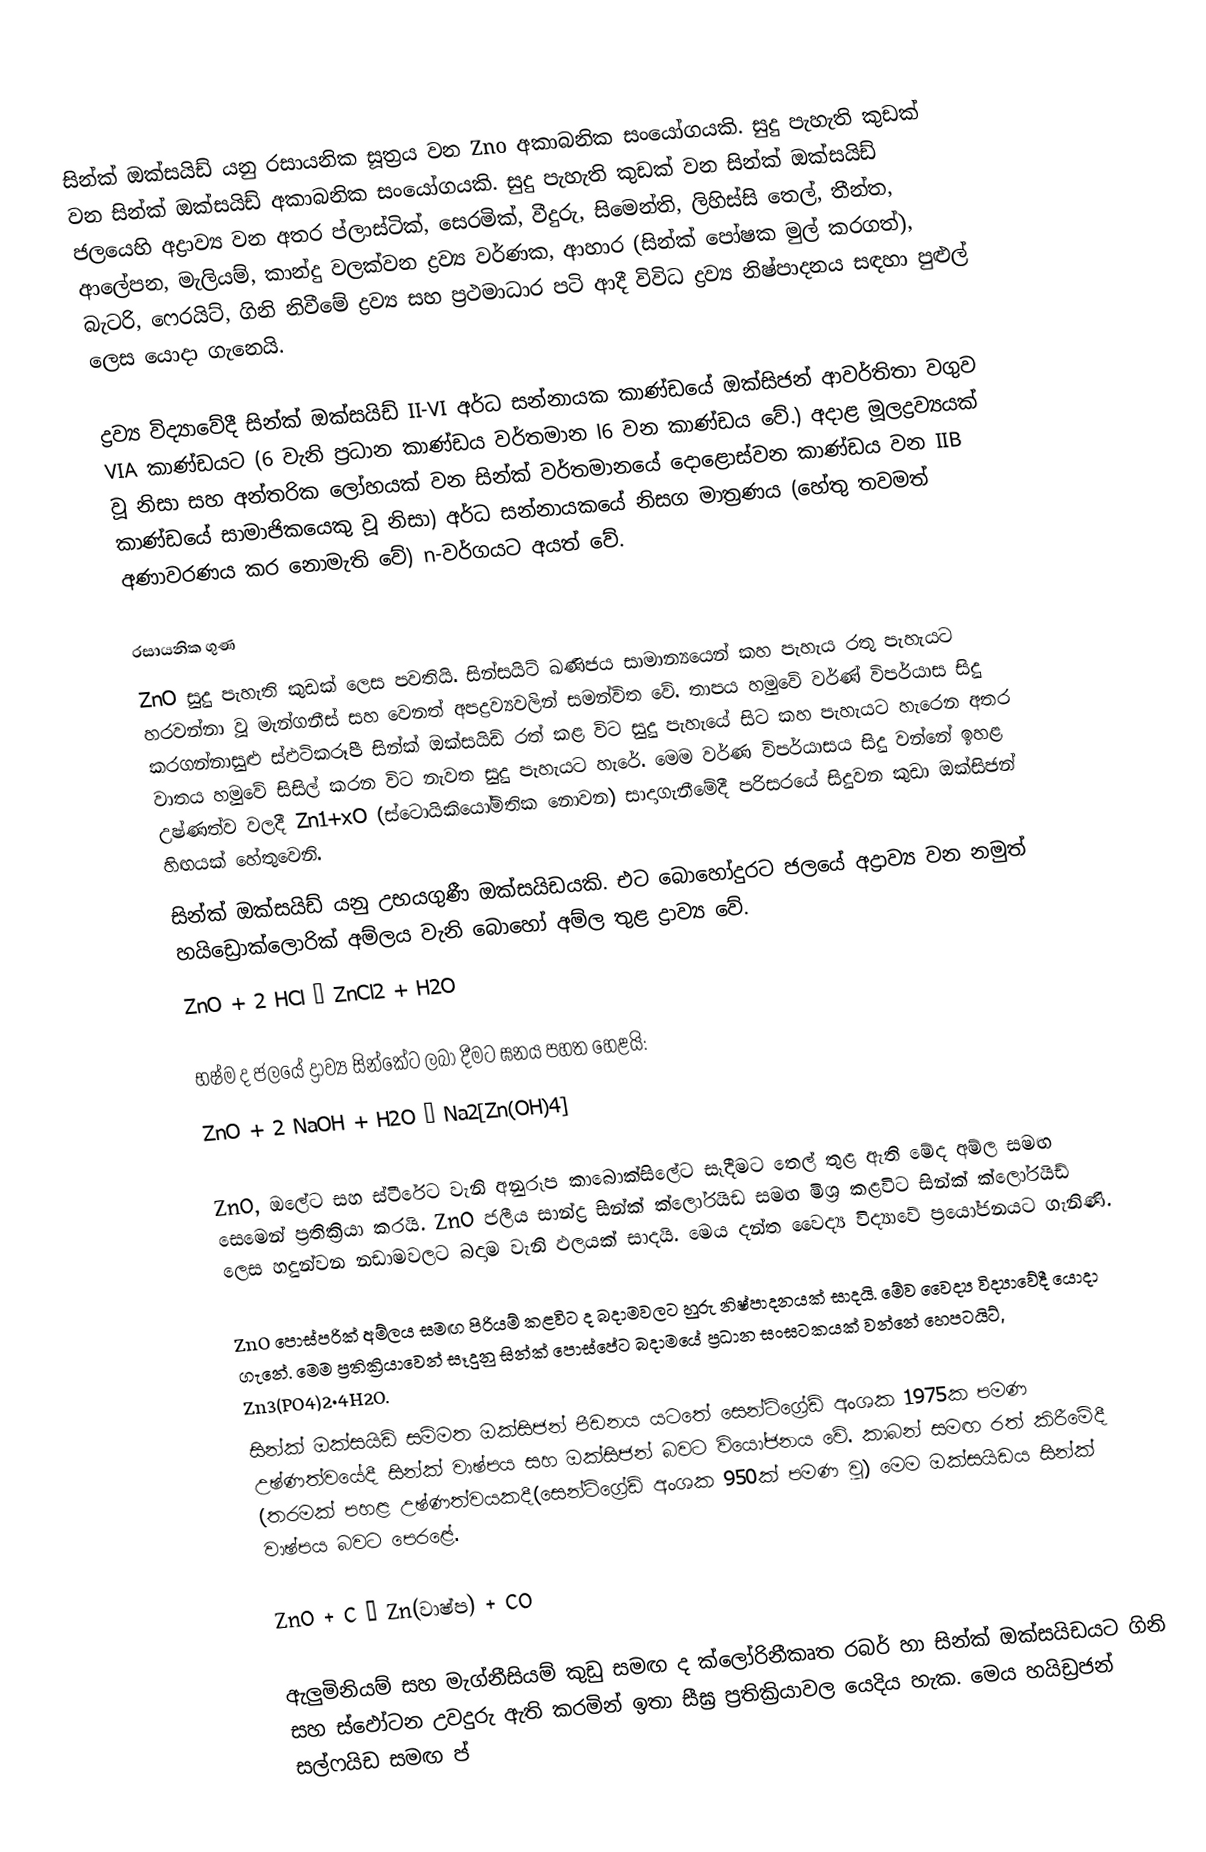
සින්ක් ඔක්සයිඩ් යනු රසායනික සූත්‍රය වන Zno අකාබනික සංයෝගයකි. සුදු පැහැති කුඩක් වන සින්ක් ඔක්සයිඩ් අකාබනික සංයෝගයකි. සුදු පැහැති කුඩක් වන සින්ක් ඔක්සයිඩ් ජලයෙහි අද්‍රාව්‍ය වන අතර ප්ලාස්ටික්, සෙරමික්, වීදුරු, සිමෙන්ති, ලිහිස්සි තෙල්, තීන්ත, ආලේපන, මැලියම්, කාන්දු වලක්වන ද්‍රව්‍ය වර්ණක, ආහාර (සින්ක් පෝෂක මුල් කරගත්), බැටරි, ෆෙරයිට්, ගිනි නිවීමේ ද්‍රව්‍ය සහ ප්‍රථමාධාර පටි ආදී විවිධ ද්‍රව්‍ය නිෂ්පාදනය සඳහා පුළුල් ලෙස යොදා ගැනෙයි.

ද්‍රව්‍ය විද්‍යාවේදී සින්ක් ඔක්සයිඩ් II-VI අර්ධ සන්නායක කාණ්ඩයේ ඔක්සිජන් ආවර්තිතා වගුව VIA කාණ්ඩයට (6 වැනි ප්‍රධාන කාණ්ඩය වර්තමාන l6 වන කාණ්ඩය වේ.) අදාළ මූලද්‍රව්‍යයක් වූ නිසා සහ අන්තරික ලෝහයක් වන සින්ක් වර්තමානයේ දොළොස්වන කාණ්ඩය වන IIB කාණ්ඩයේ සාමාජිකයෙකු වූ නිසා) අර්ධ සන්නායකයේ නිසග මාත්‍රණය (හේතු තවමත් අණාවරණය කර නොමැති වේ) n-වර්ගයට අයත් වේ.

රසායනික ගුණ
ZnO සුදු පැහැති කුඩක් ලෙස පවතියි. සින්සයිට් ඛණිජය සාමාන්‍යයෙන් කහ පැහැය රතු පැහැයට  හරවන්නා වූ මැන්ගනීස් සහ වෙනත් අපද්‍රව්‍යවලින් සමන්විත වේ. තාපය හමුවේ වර්ණ් විපර්යාස සිදු කරගන්නාසුළු ස්ඵටිකරූපී සින්ක් ඔක්සයිඩ් රත් කළ විට සුදු පැහැයේ සිට කහ පැහැයට හැරෙන අතර වාතය හමුවේ සිසිල් කරන විට නැවත සුදු පැහැයට හැරේ. මෙම වර්ණ විපර්යාසය සිදු වන්නේ ඉහළ උෂ්ණත්ව වලදී   Zn1+xO (ස්ටොයිකියෝමිතික නොවන)  සාදාගැනීමේදී පරිසරයේ සිදුවන කුඩා ඔක්සිජන් හිඟයක් හේතුවෙනි.
සින්ක් ඔක්සයිඩ් යනු උභයගුණී ඔක්සයිඩයකි. එට බොහෝදුරට ජලයේ අද්‍රාව්‍ය වන නමුත් හයිඩ්‍රොක්ලොරික් අම්ලය වැනි බොහෝ අම්ල තුළ ද්‍රාව්‍ය වේ.
ZnO + 2 HCl → ZnCl2 + H2O

භෂ්ම ද ජලයේ ද්‍රාව්‍ය  සින්කේට ලබා දීමට ඝනය පහත හෙළයි:
ZnO + 2 NaOH + H2O → Na2[Zn(OH)4]

ZnO, ඔලේට සහ ස්ටීරේට වැනි අනුරූප කාබොක්සිලේට සෑදීමට තෙල් තුළ ඇති මේද අම්ල සමඟ සෙමෙන් ප්‍රතික්‍රියා කරයි. ZnO ජලීය සාන්ද්‍ර  සින්ක් ක්ලෝරයිඩ සමඟ මිශ්‍ර කළවිට සින්ක් ක්ලෝරයිඩ් ලෙස හදුන්වන නඩාමවලට බදාම වැනි ඵලයක් සාදයි. මෙය දන්ත වෛද්‍ය විද්‍යාවේ ප්‍රයෝජනයට ගැනිණි.

ZnO පොස්පරික් අම්ලය සමඟ පිරියම් කළවිට ද බදාමවලට හුරු නිෂ්පාදනයක් සාදයි. මේව වෛද්‍ය විද්‍යාවේදී යොදා ගැනේ. මෙම ප්‍රතික්‍රියාවෙන් සෑදුනු සින්ක් පොස්පේට බදාමයේ ප්‍රධාන සංඝටකයක් වන්නේ හෙපටයිට්, Zn3(PO4)2·4H2O.
සින්ක් ඔක්සයිඩ් සම්මත ඔක්සිජන් පීඩනය යටතේ සෙන්ටිග්‍රේඩ් අංශක 1975ක පමණ උෂ්ණත්වයේදී සින්ක් වාෂ්පය සහ ඔක්සිජන් බවට වියෝජනය වේ. කාබන් සමඟ රත් කිරීමේදී (තරමක් පහළ උෂ්ණත්වයකදී(සෙන්ටිග්‍රේඩ් අංශක 950ක් පමණ වූ) මෙම ඔක්සයිඩය සින්ක් වාෂ්පය බවට පෙරළේ.

ZnO + C → Zn(වාෂ්ප) + CO

ඇලුමිනියම් සහ මැග්නීසියම් කුඩු සමඟ ද ක්ලෝරිනීකෘත රබර් හා සින්ක් ඔක්සයිඩයට ගිනි සහ ස්ඵෝටන උවදුරු ඇති කරමින් ඉතා සීඝ්‍ර ප්‍රතික්‍රියාවල යෙදිය හැක.  මෙය හයිඩ්‍රජන් සල්ෆයිඩ සමඟ ප්